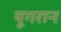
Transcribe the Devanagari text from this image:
यूगरान